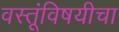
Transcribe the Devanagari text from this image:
वस्तूंविषयीचा